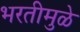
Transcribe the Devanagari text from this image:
भरतीमुळे